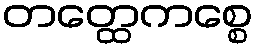
တတ္ထေကစ္စေ